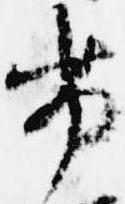
劣